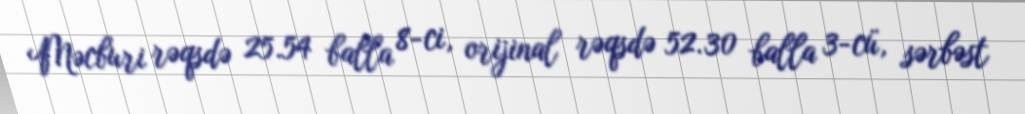
Məcburi rəqsdə 25.54 balla 8-ci, orijinal rəqsdə 52.30 balla 3-cü, sərbəst